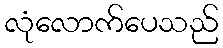
လုံလောက်ပေသည်